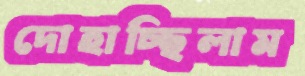
দোহাচ্ছিলাম